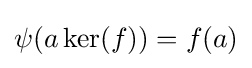
\psi (a\ker(f))=f(a)